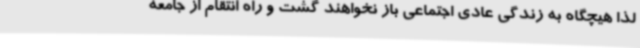
لذا هیچگاه به زندگی عادی اجتماعی باز نخواهند گشت و راه انتقام از جامعه